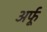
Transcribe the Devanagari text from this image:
अर्फू